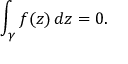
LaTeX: \int _ { \gamma } f ( z ) \, d z = 0 .